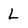
Character: L